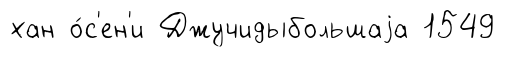
хан о́с'ен'и Джучидыбольшаjа 1549